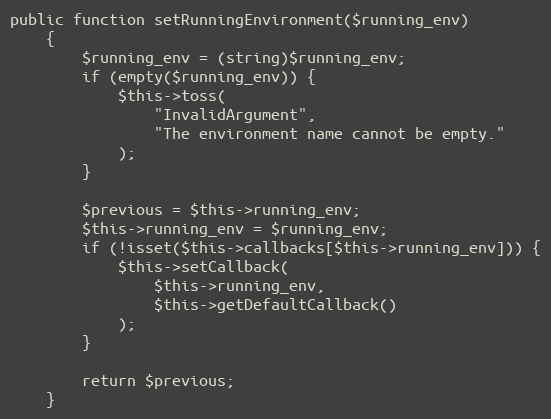
Language: PHP
public function setRunningEnvironment($running_env)
    {
        $running_env = (string)$running_env;
        if (empty($running_env)) {
            $this->toss(
                "InvalidArgument",
                "The environment name cannot be empty."
            );
        }

        $previous = $this->running_env;
        $this->running_env = $running_env;
        if (!isset($this->callbacks[$this->running_env])) {
            $this->setCallback(
                $this->running_env,
                $this->getDefaultCallback()
            );
        }

        return $previous;
    }